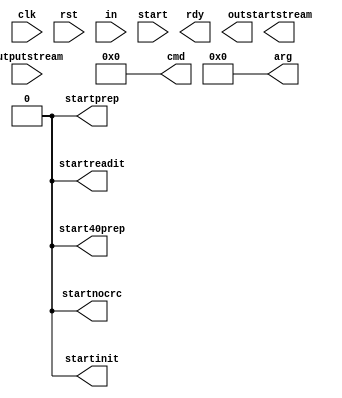
module managerSD(
	input clk,
	input rst,
	
	input[23:0] in,
	input start,
	
	output reg rdy,
	output reg[23:0] out,
	
	
	output reg[5:0] cmd,
	output reg[31:0] arg,
	
	output reg startprep,
	output reg start40prep,
	output reg startreadit,
	output reg startnocrc,
	
	output reg startinit,
	
	output reg startstream,
	input[7:0] outputstream
);

reg[7:0] f_mem;
reg[7:0] n_mem;

reg f_read;
reg n_read;

reg startread;

always@(posedge clk or posedge rst)begin
	if(rst) begin
		f_mem <= 0;
		f_read <= 0;
		end
	else begin
		f_mem <= n_mem;
		f_read <= n_read;
		end
end

always@(*)begin
	n_mem = f_mem;
	n_read = f_read;
	
	if(startread) n_read = 1;
	
	if(f_read)begin
		n_mem = outputstream;
		n_read = 0;
	end
end

always@(*)begin
	cmd = 0;
	arg = 0;
	
	startprep = 0;
	start40prep = 0;
	startreadit = 0;
	startnocrc = 0;
	
	startinit = 0;
	
	startread = 0;
	
end



endmodule